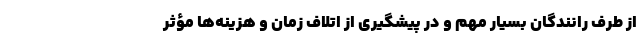
از طرف رانندگان بسیار مهم و در پیشگیری از اتلاف زمان و هزینه‌ها مؤثر